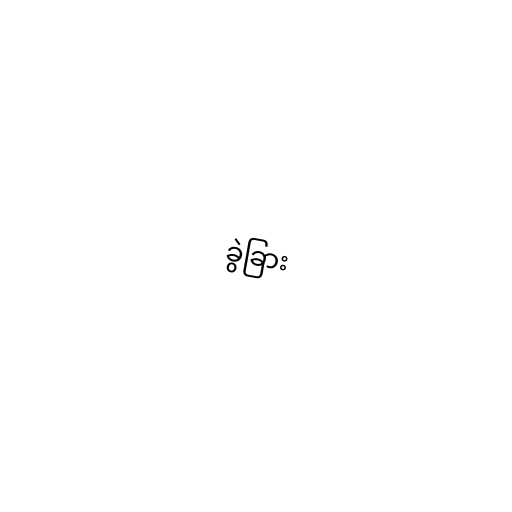
ခွဲခြား